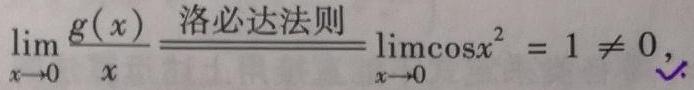
$\lim_{x \to 0} \frac{g(x)}{x} \frac{\text{洛必达法则}}{} \lim_{x \to 0} \cos x^{2} = 1 \neq 0,$